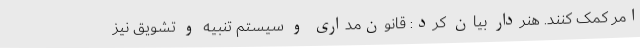
امر کمک کنند. هنردار بیان کرد: قانون‌مداری و سیستم تنبیه و تشویق نیز